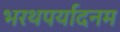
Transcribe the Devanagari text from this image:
भरथपर्यादनम